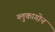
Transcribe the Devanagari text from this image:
ग्लुकागोन